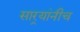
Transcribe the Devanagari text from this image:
सार्‍यांनीच